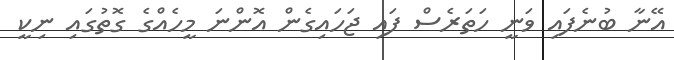
އޭނާ ބުނެފައި ވަނީ ހަތަރެސް ފައި ޖަހައިގެން އޮންނަ މީހެއްގެ ގޮތުގައި ނިކީ